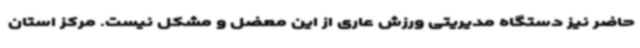
حاضر نیز دستگاه مدیریتی ورزش عاری از این معضل و مشکل نیست. مرکز استان